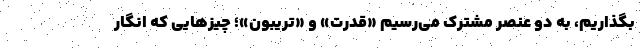
بگذاریم، به دو عنصر مشترک می‌رسیم «قدرت» و «تریبون»؛ چیزهایی که انگار